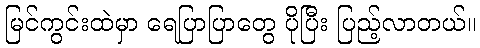
မြင်ကွင်းထဲမှာ ရေပြာပြာတွေ ပိုပြီး ပြည့်လာတယ်။